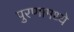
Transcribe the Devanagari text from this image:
पुरणामध्ये